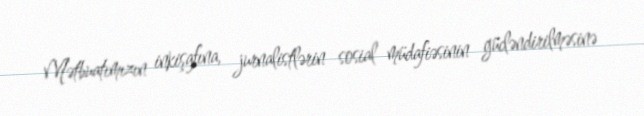
Mətbuatımızın inkişafına, jurnalistlərin sosial müdafiəsinin gücləndirilməsinə